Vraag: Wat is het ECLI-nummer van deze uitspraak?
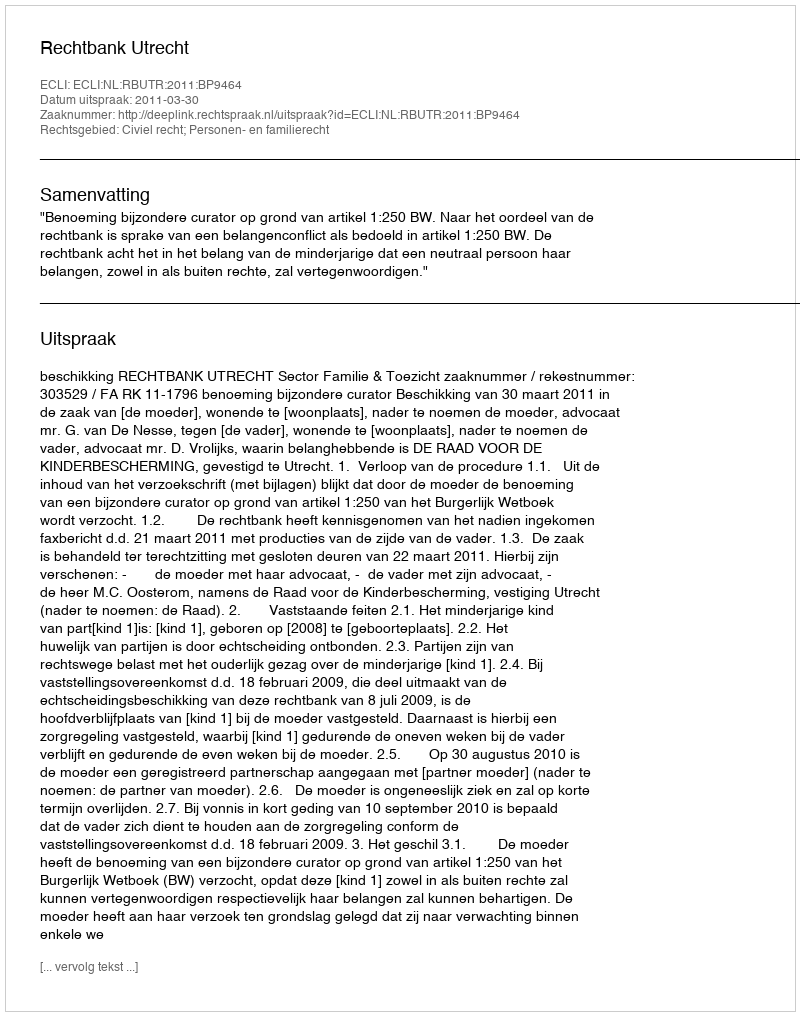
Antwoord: ECLI:NL:RBUTR:2011:BP9464